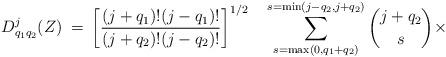
LaTeX: \begin{align*}D^{j}_{q_1 q_2}(Z)\: =\:\left[\frac{(j+q_1 )! (j-q_1 )!}{(j+q_2)! (j-q_2 )!}\right]^{1/2}\quad\sum_{s=\max (0,q_1 +q_2 )}^{s=\min (j-q_2 , j+q_2 )}{j+q_2 \choose s}\times\end{align*}